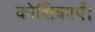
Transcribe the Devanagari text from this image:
कोशिकाएँ।